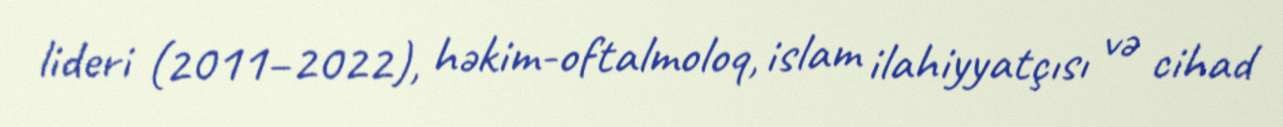
lideri (2011–2022), həkim-oftalmoloq, islam ilahiyyatçısı və cihad